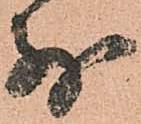
別